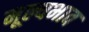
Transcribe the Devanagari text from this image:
मूल्यभाव